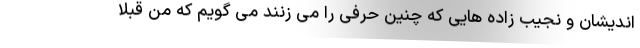
اندیشان و نجیب زاده هایی که چنین حرفی را می زنند می گویم که من قبلا